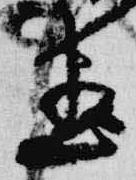
尽